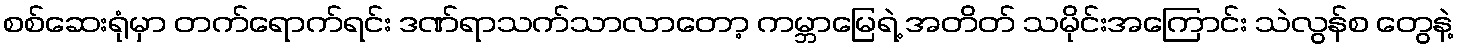
စစ်ဆေးရုံမှာ တက်ရောက်ရင်း ဒဏ်ရာသက်သာလာတော့ ကမ္ဘာမြေရဲ့ အတိတ် သမိုင်းအကြောင်း သဲလွန်စ တွေနဲ့